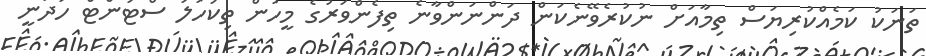
ތަނަކު ކަމެއްކުރިޔަސް ތިމާއަށް ނުކުރެވޭނެކަން ދަންނަންވާނެ ތިފެންވަރުގެ މީހުން ތިކަހަލަ ސްޓަންޓް ހަދަނީ